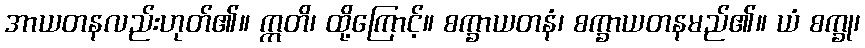
အာယတနလည်းဟုတ်၏။ ဣတိ၊ ထို့ကြောင့်။ စက္ခာယတနံ၊ စက္ခာယတနမည်၏။ ယံ စက္ခု၊